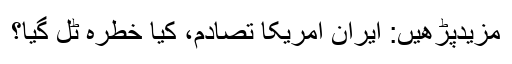
مزیدپڑھیں: ایران امریکا تصادم، کیا خطرہ ٹل گیا؟